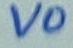
Text: VO